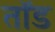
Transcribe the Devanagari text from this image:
तॉड